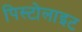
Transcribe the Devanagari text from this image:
पिस्टोलाइट